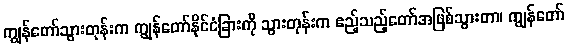
ကျွန်တော်သွားတုန်းက ကျွန်တော်နိုင်ငံခြားကို သွားတုန်းက ဧည့်သည့်တော်အဖြစ်သွားတာ၊ ကျွန်တော်